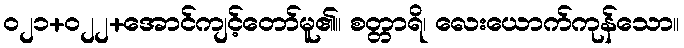
ဝ၂၁+၀၂၂+အောင်ကျင့်တော်မူ၏။ စတ္တာရိ၊ လေးယောက်ကုန်သော။